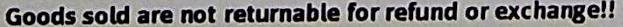
GOODS SOLD ARE NOT RETURNABLE FOR REFUND OR EXCHANGE!!